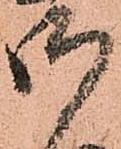
御